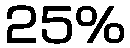
25%